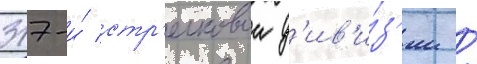
317-и́ стр'елковои д'ив'и́з'ии /